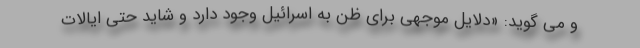
و می گوید: «دلایل موجهی برای ظن به اسرائیل وجود دارد و شاید حتی ایالات